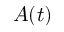
A ( t )